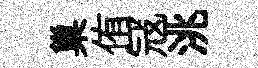
巢侑冦洮